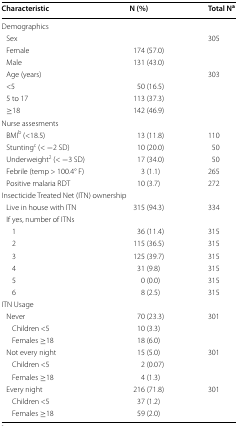
<table><thead><tr><td><b>Characteristic</b></td><td><b>N (%)</b></td><td><b>Total N<sup>a</sup></b></td></tr></thead><tbody><tr><td colspan="3">Demographics</td></tr><tr><td> Sex</td><td></td><td>305</td></tr><tr><td> Female</td><td>174 (57.0)</td><td></td></tr><tr><td> Male</td><td>131 (43.0)</td><td></td></tr><tr><td> Age (years)</td><td></td><td>303</td></tr><tr><td> &lt;5</td><td>50 (16.5)</td><td></td></tr><tr><td> 5 to 17</td><td>113 (37.3)</td><td></td></tr><tr><td> ≥18</td><td>142 (46.9)</td><td></td></tr><tr><td colspan="3">Nurse assesments</td></tr><tr><td> BMI<sup>b</sup> (&lt;18.5)</td><td>13 (11.8)</td><td>110</td></tr><tr><td> Stunting<sup>c</sup> (&lt; −2 SD)</td><td>10 (20.0)</td><td>50</td></tr><tr><td> Underweight<sup>2</sup> (&lt; −3 SD)</td><td>17 (34.0)</td><td>50</td></tr><tr><td> Febrile (temp &gt; 100.4° F)</td><td>3 (1.1)</td><td>265</td></tr><tr><td> Positive malaria RDT</td><td>10 (3.7)</td><td>272</td></tr><tr><td colspan="3">Insecticide Treated Net (ITN) ownership</td></tr><tr><td> Live in house with ITN</td><td>315 (94.3)</td><td>334</td></tr><tr><td colspan="3"> If yes, number of ITNs</td></tr><tr><td>1</td><td>36 (11.4)</td><td>315</td></tr><tr><td>2</td><td>115 (36.5)</td><td>315</td></tr><tr><td>3</td><td>125 (39.7)</td><td>315</td></tr><tr><td>4</td><td>31 (9.8)</td><td>315</td></tr><tr><td>5</td><td>0 (0.0)</td><td>315</td></tr><tr><td>6</td><td>8 (2.5)</td><td>315</td></tr><tr><td colspan="3">ITN Usage</td></tr><tr><td> Never</td><td>70 (23.3)</td><td>301</td></tr><tr><td>Children &lt;5</td><td>10 (3.3)</td><td></td></tr><tr><td>Females ≥18</td><td>18 (6.0)</td><td></td></tr><tr><td> Not every night</td><td>15 (5.0)</td><td>301</td></tr><tr><td>Children &lt;5</td><td>2 (0.07)</td><td></td></tr><tr><td>Females ≥18</td><td>4 (1.3)</td><td></td></tr><tr><td> Every night</td><td>216 (71.8)</td><td>301</td></tr><tr><td>Children &lt;5</td><td>37 (1.2)</td><td></td></tr><tr><td>Females ≥18</td><td>59 (2.0)</td><td></td></tr></tbody></table>